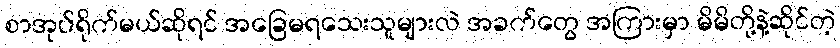
စာအုပ်ရိုက်မယ်ဆိုရင် အခြေမရသေးသူများလဲ အခက်တွေ အကြားမှာ မိမိတို့နဲ့ဆိုင်တဲ့